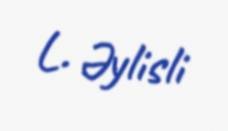
L. Əylisli